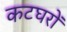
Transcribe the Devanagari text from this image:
कटघरों